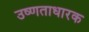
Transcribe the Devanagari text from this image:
उष्णताधारक